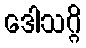
ဒေါသဂ္ဂိ